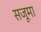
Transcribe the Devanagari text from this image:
सजूमा